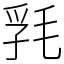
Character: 㲗